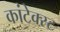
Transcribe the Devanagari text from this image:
कांटेक्स्ट